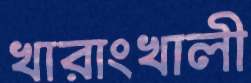
খারাংখালী